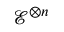
{ \mathcal { E } } ^ { \otimes n }